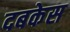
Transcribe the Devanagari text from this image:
दबकेस